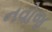
નવોજ